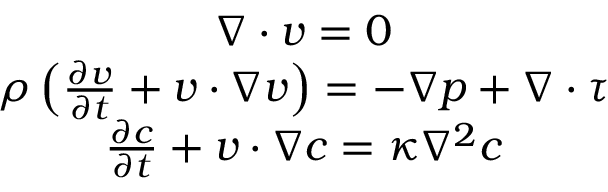
\begin{array} { c } { \nabla \cdot v = 0 } \\ { \rho \left( \frac { \partial v } { \partial t } + v \cdot \nabla v \right) = - \nabla p + \nabla \cdot \tau } \\ { \frac { \partial c } { \partial t } + v \cdot \nabla c = \kappa \nabla ^ { 2 } c } \end{array}